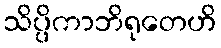
သိပ္ပိကာဘိရုတေဟိ